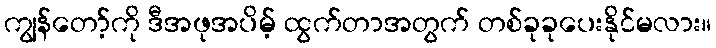
ကျွန်တော့်ကို ဒီအဖုအပိမ့် ထွက်တာအတွက် တစ်ခုခုပေးနိုင်မလား။